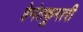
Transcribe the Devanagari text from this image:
हेमंतकुमारी